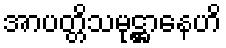
အာပတ္တိသမုဋ္ဌာနေဟိ